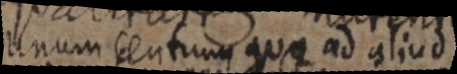
unum centrum qua ad aliud